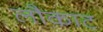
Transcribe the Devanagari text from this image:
लौकाट